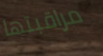
مراقبتها